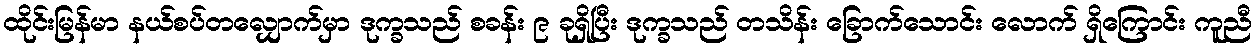
ထိုင်းမြန်မာ နယ်စပ်တလျှောက်မှာ ဒုက္ခသည် စခန်း ၉ ခုရှိပြီး ဒုက္ခသည် တသိန်း ခြောက်သောင်း လောက် ရှိကြောင်း ကူညီ